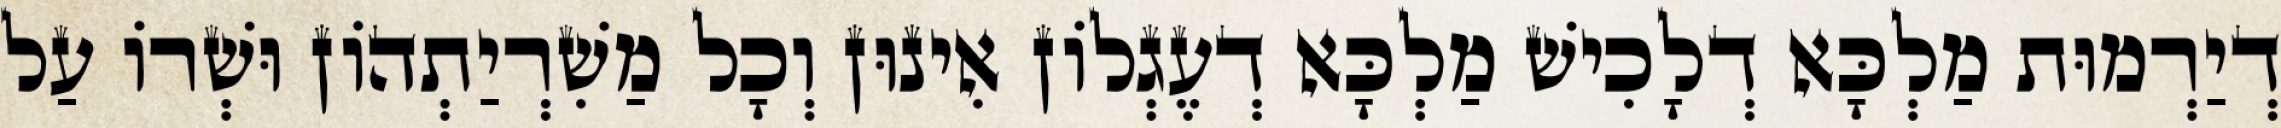
דְיַרְמוּת מַלְכָּא דְלָכִישׁ מַלְכָּא דְעֶגְלוֹן אִינוּן וְכָל מַשִׁרְיַתְהוֹן וּשְׁרוֹ עַל